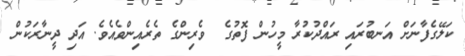
ކަލޭގެފާނަށް އަނބުރައި ރައްދުކުރާ މީހުން ފޮތުގެ  ވެރިންގެ ތެރެއިންވެއެވެ. އަދި ދީނާރަކުން